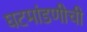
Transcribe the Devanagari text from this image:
घटमांडणीची